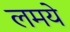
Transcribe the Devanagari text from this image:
लमये